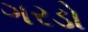
ગરડો